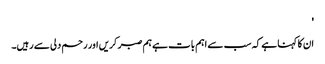
'
ان کا کہنا ہے کہ سب سے اہم بات ہے ہم صبر کریں اور رحم دلی سے رہیں۔